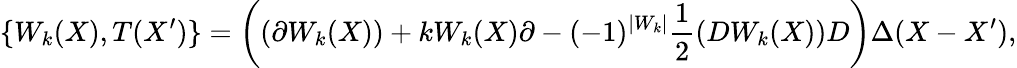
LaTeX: \{ W_{k}(X),T(X^{\prime})\} =\left((\partial W_{k}(X))+kW_{k}(X)\partial-(-1)^{|W_{k}|}\frac{1}{2}(DW_{k}(X))D\right)\Delta(X-X^{\prime}),